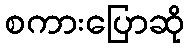
စကားပြောဆို